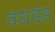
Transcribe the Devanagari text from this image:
वधदंड